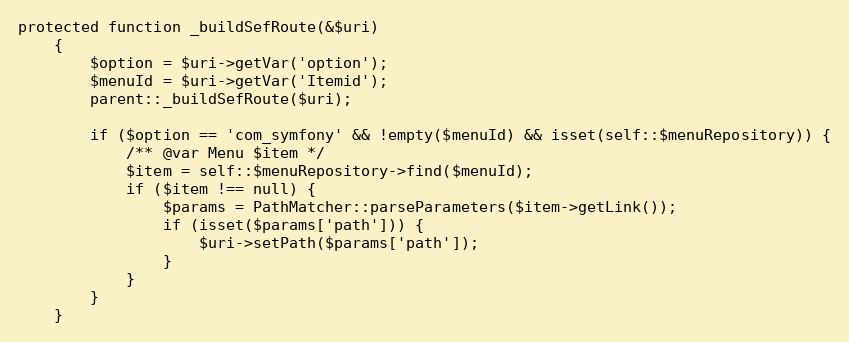
Language: PHP
protected function _buildSefRoute(&$uri)
    {
        $option = $uri->getVar('option');
        $menuId = $uri->getVar('Itemid');
        parent::_buildSefRoute($uri);

        if ($option == 'com_symfony' && !empty($menuId) && isset(self::$menuRepository)) {
            /** @var Menu $item */
            $item = self::$menuRepository->find($menuId);
            if ($item !== null) {
                $params = PathMatcher::parseParameters($item->getLink());
                if (isset($params['path'])) {
                    $uri->setPath($params['path']);
                }
            }
        }
    }